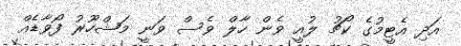
އަދި އެޓީމުގެ ކޯޗު ލުއީ ވެން ހާލް ވެސް ވަނީ މަޝްހޫރު ފޯވާޑެއް